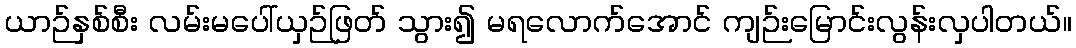
ယာဉ်နှစ်စီး လမ်းမပေါ်ယှဉ်ဖြတ် သွား၍ မရလောက်အောင် ကျဉ်းမြောင်းလွန်းလှပါတယ်။